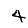
Digit: 4